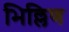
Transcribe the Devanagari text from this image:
भिल्लिण